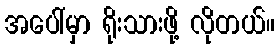
အပေါ်မှာ ရိုးသားဖို့ လိုတယ်။